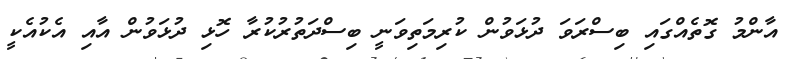
އާންމު ގޮތެއްގައި ބިސްރަވަ ދުޅަވުން ކުރިމަތިވަނީ ބިސްދަތުރުކުރާ ހޮޅި ދުޅަވުން އާއި އެކުއެކީ